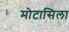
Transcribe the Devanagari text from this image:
मोटासिला